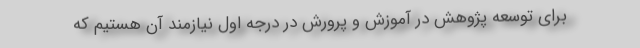
برای توسعه پژوهش در آموزش و پرورش در درجه اول نیازمند آن هستیم که